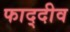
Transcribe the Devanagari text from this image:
फाद्दीव